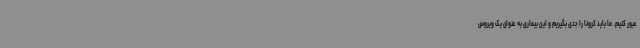
عبور کنیم. ما باید کرونا را جدی بگیریم و این بیماری به عنوان یک ویروس